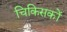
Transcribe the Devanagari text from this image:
चिकिसकों